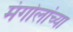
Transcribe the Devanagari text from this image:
मंगोलांच्या